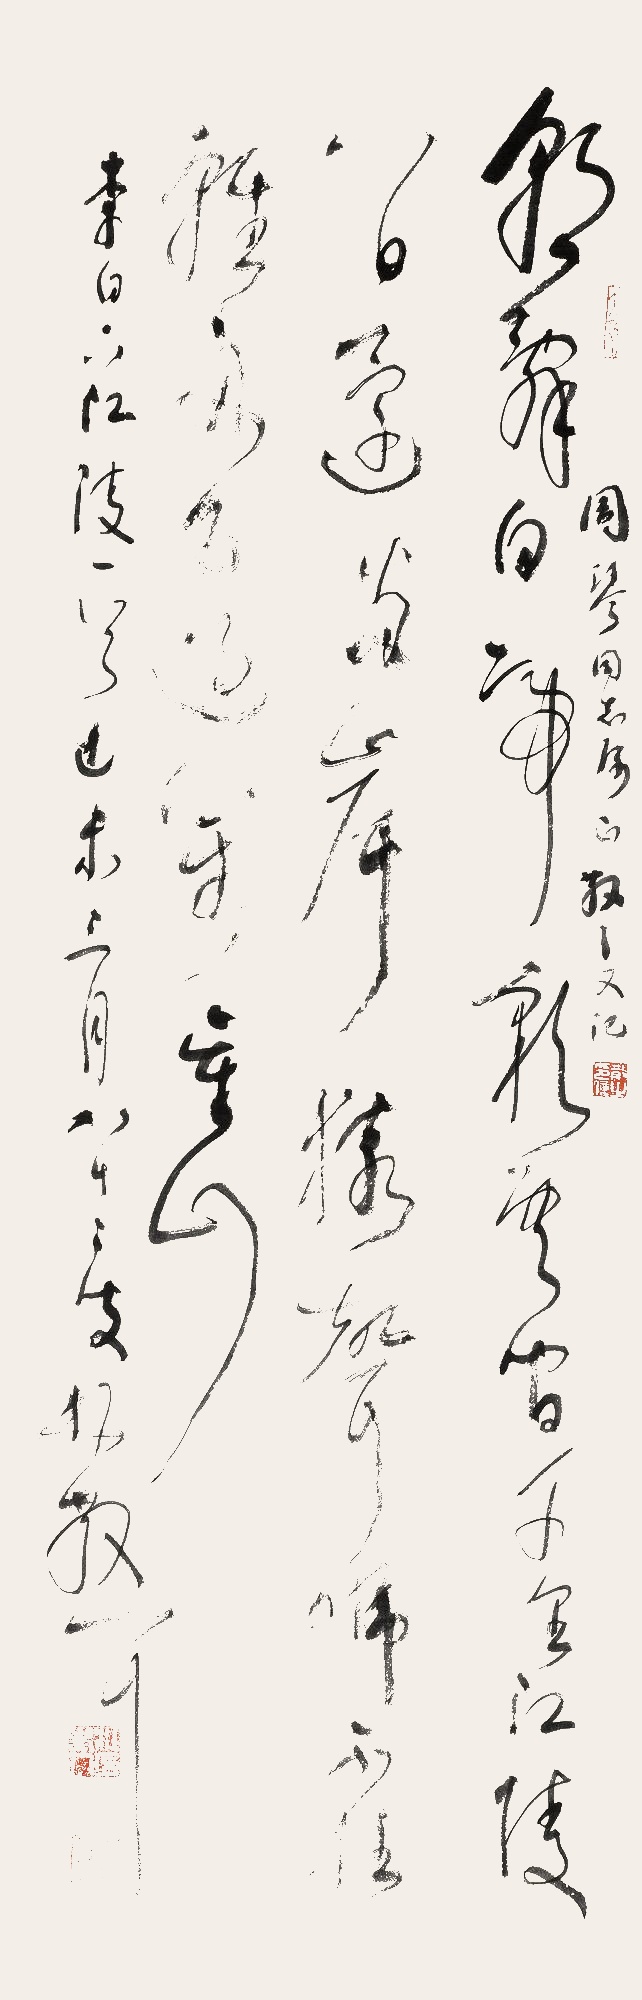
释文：朝辞白帝彩云间，千里江陵一日还。两岸猿声啼不住，轻舟已过万重山。1.李白下江陵一首，己未（1979年）三月八十二叟林散耳。2.周琴同志属正，散之又记。